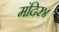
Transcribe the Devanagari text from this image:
मंदिर४